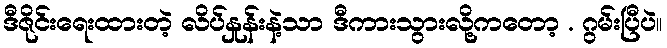
ဒီဇိုင်းရေးထားတဲ့ လိပ်နှုန်းနဲ့သာ ဒီကားသွားလို့ကတော့ . ဂွမ်းပြီပဲ။